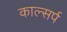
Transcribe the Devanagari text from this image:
काल्सर्प